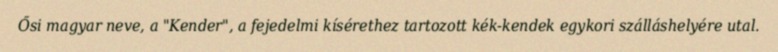
Ősi magyar neve, a "Kender", a fejedelmi kísérethez tartozott kék-kendek egykori szálláshelyére utal.